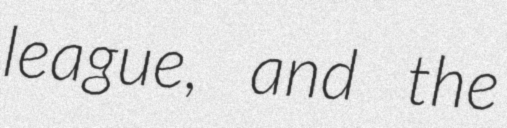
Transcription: league, and the